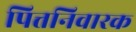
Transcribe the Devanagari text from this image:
पित्तनिवारक